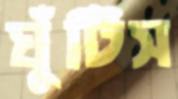
ঘুঁটিস